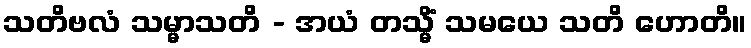
သတိဗလံ သမ္မာသတိ - အယံ တသ္မိံ သမယေ သတိ ဟောတိ။